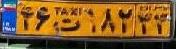
۴۶ت۱۸۲۳۳